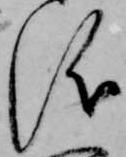
儀